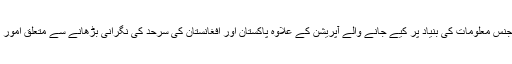
اس اجلاس میں انٹیلی جنس معلومات کی بنیاد پر کیے جانے والے آپریشن کے علاوہ پاکستان اور افغانستان کی سرحد کی نگرانی بڑھانے سے متعلق اُمور پر بات چیت کی گئی۔